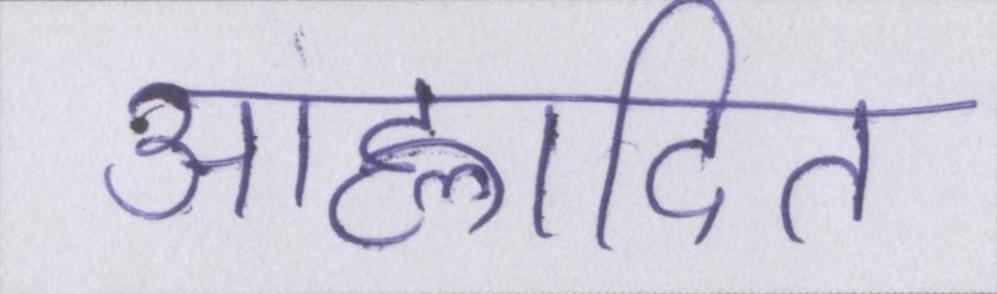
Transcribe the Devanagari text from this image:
आह्लादित